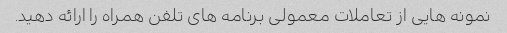
نمونه هایی از تعاملات معمولی برنامه های تلفن همراه را ارائه دهید.